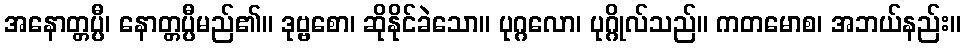
အနောတ္တပ္ပီ၊ နောတ္တပ္ပီမည်၏။ ဒုဗ္ဗစော၊ ဆိုနိုင်ခဲသော။ ပုဂ္ဂလော၊ ပုဂ္ဂိုလ်သည်။ ကတမောစ၊ အဘယ်နည်း။